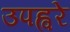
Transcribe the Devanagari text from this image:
उपह्वरे